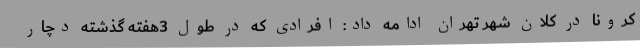
کرونا در کلان شهر تهران ادامه داد: افرادی که در طول 3هفته گذشته دچار